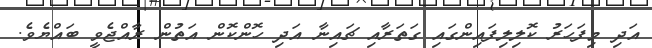
އަދި މިފަހަރު ކޮލިލިފައިންގައި ގަތަރާއި ޗައިނާ އަދި ހޮންކޮން އަތުން ރާއްޖެވީ ބައްޔެވެ.